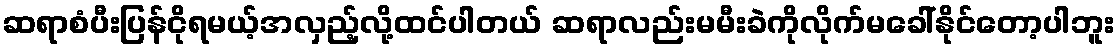
ဆရာစံပီးပြန်ငိုရမယ့်အလှည့်လို့ထင်ပါတယ် ဆရာလည်းမမီးခဲကိုလိုက်မခေါ်နိုင်တော့ပါဘူး